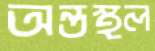
অন্তস্থল